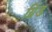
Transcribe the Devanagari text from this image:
ग्रिंड